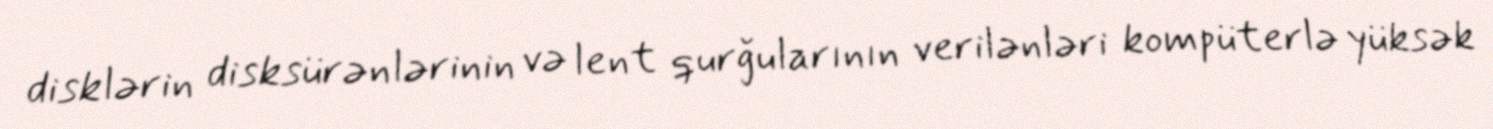
disklərin disksürənlərinin və lent qurğularının verilənləri kompüterlə yüksək